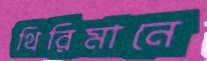
থিরিমানে